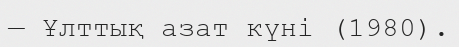
— Ұлттық азат күні (1980).